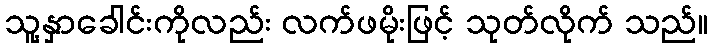
သူ့နှာခေါင်းကိုလည်း လက်ဖမိုးဖြင့် သုတ်လိုက် သည်။